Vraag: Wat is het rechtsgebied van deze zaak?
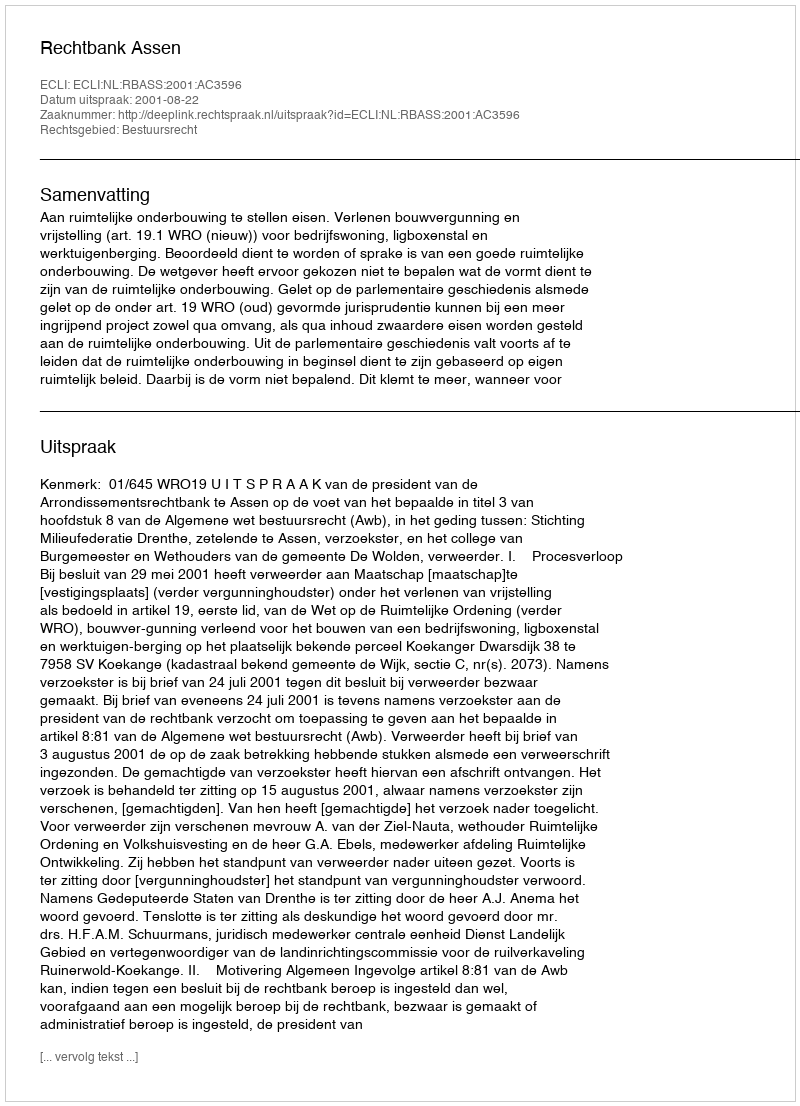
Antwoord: Bestuursrecht